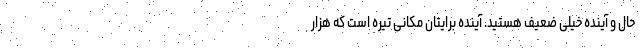
حال و آینده خیلی ضعیف هستید. آینده برایتان مکانی تیره است که هزار